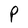
Character: P